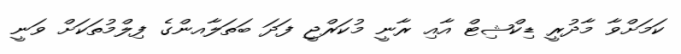
ކަމަށްވާ މާދުރީ ޑިކްޝިޓް އާއި ރާނީ މުކަރްޖީ ފަދަ ބަތަލާއންގެ ފިލްމުތަކަށް ވަނީ